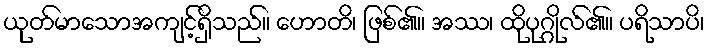
ယုတ်မာသောအကျင့်ရှိသည်။ ဟောတိ၊ ဖြစ်၏။ အဿ၊ ထိုပုဂ္ဂိုလ်၏။ ပရိသာပိ၊